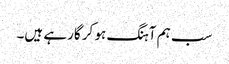
سب ہم آہنگ ہو کر گارہے ہیں۔